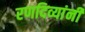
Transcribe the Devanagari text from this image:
रणदिव्यांनी